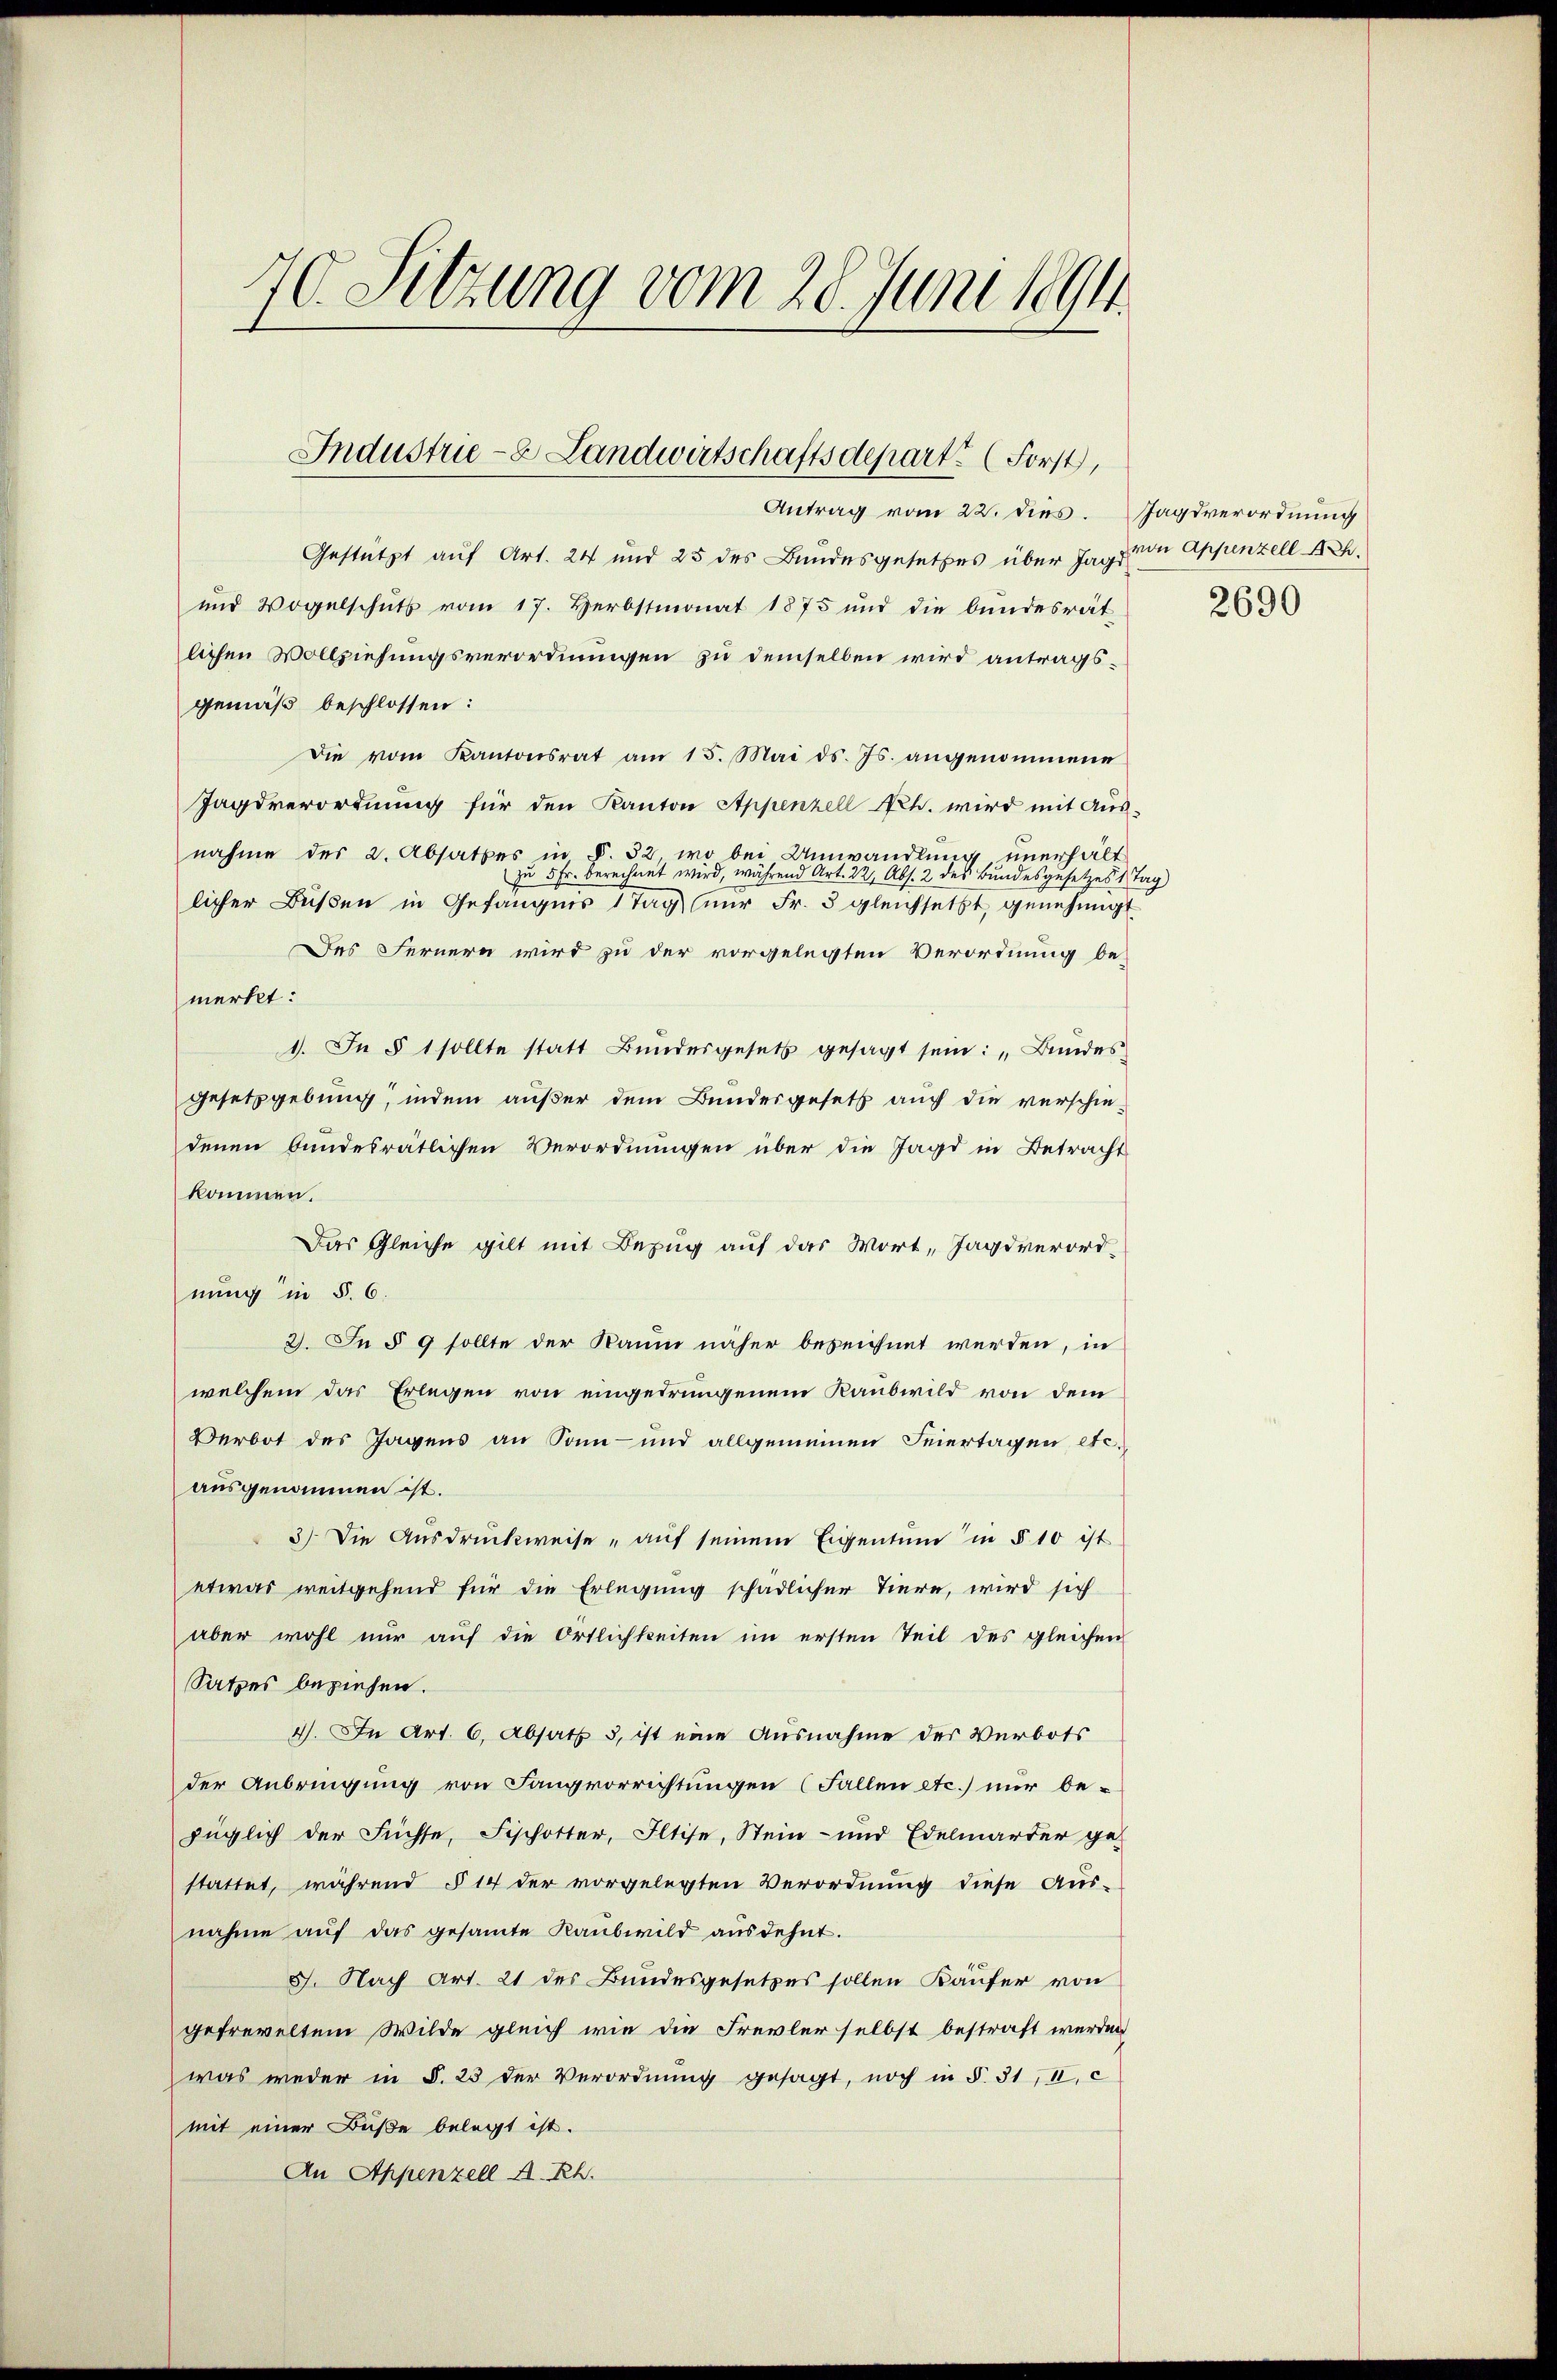
70. Sitzung vom 28. Juni 1894.

Industrie-8 Landwirtschaftsdepart“ (Forst,

Antrag vom 22. dies. Jagsverordnung
Gestützt auf Art. 24 und 25 des Bundesgesetzes über Jagd von Appenzell A.
und Vogelschŭtz vom 17. Herbstmonat 1875 und die bundesrät
lichen Vollziehungsverordnungen zu demselben wird antragsgemäß beschlossen:
Die vom Kantonsrat am 15. Mai d. Js. angenommene
Jagsverordnung für den Kanton Appenzell Nr h. wird mit Aus-
nahme des 2. Absatzes in §. 32, wo bei Umwandlung unerhält
zu 5 Fr. berechnet wird, während Art. 22, Abs. 2 des Bundesgesetzes 1 Tag
licher Bußen in Gefängnis 1 Tag nur Fr. 3 gleichsetzt, genehmigt
Des Fernern wird zu der vorgelegten Verordnung be-
merkt:
1. In § 1 sollte statt Bŭndesgesetz gesagt sein: „Bundes
gesetzgebung, indem außer dem Bundesgesetz auch die verschie-
denen bundesrätlichen Verordnungen über die Jagd in Betracht
kommen.
Das Gleiche gilt mit Bezug auf das Wort, Jagdverordnung in §. 6.
2. In § 9 sollte der Raum näher bezeichnet werden, in
welchem das Erlegen von eingedrungenem Raubwild von dem
Verbot des Tagens an Sonn- und allgemeinen Feiertagen etc.
ausgenommen ist.
3.) Die Ausdruckweise „auf seinem Eigentum in § 10 ist
etwas weitgehend für die Erlegung schädlicher Tiere, wird sich
aber wohl nur auf die Ortlichkeiten im ersten Teil des gleichen
Satzes beziehen.
4. In Art. 6. Absatz 3, ist eine Ausnahme der Verbots
der Anbringung von Sangvorrichtungen (Fallen etc.) nur be-
füglich der Füchse, Fischotter, Iltise, Stein- und Edelmärter ge-
stattet, während § 14 der vorgelegten Verordnung diese Aus-
nahme aŭf das gesamte Raubwild ausdehnt.
8. Nach Art. 21 des Bundesgesetzes sollen Käufer von
gefreveltem Wilde gleich wie die Frevler selbst bestraft werden
was weder in §. 23 der Verordnung gesagt, noch in §. 31, II, c
mit einer Buße belegt ist.
An Appenzell A.Rh.

2690